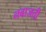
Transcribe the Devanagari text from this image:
नवाजती